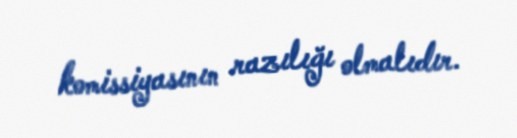
komissiyasının razılığı olmalıdır.